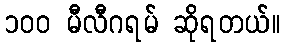
၁၀၀ မီလီဂရမ် ဆိုရတယ်။